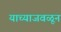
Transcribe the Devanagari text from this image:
याच्याजवळून